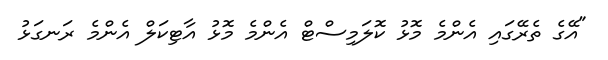
"އޭގެ ތެރޭގައި އެންމެ މޮޅު ކޮލަމިސްޓް އެންމެ މޮޅު އާޓިކަލް އެންމެ ރަނގަޅު